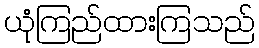
ယုံကြည်ထားကြသည်